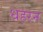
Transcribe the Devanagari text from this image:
धहरन